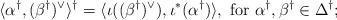
LaTeX: \begin{align*}\langle \alpha^\dag, (\beta^\dag)^\lor \rangle^\dag = \langle \iota((\beta^\dag)^\lor), \iota^*(\alpha^\dag) \rangle,\mbox{ for }\alpha^\dag, \beta^\dag \in \Delta^\dag;\end{align*}